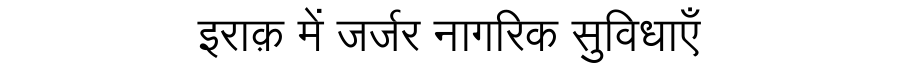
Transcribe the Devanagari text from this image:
इराक़ में जर्जर नागरिक सुविधाएँ